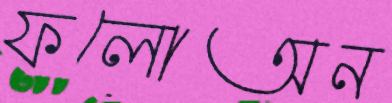
ফলোঅন